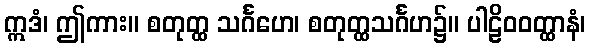
ဣဒံ၊ ဤကား။ စတုတ္ထ သင်္ဂဟေ၊ စတုတ္ထသင်္ဂဟ၌။ ပါဠိဝဝတ္ထာနံ၊